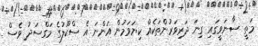
މަތީ ސާނަވީގައި ގިނަ ދަރިވަރުންތަކެއް ކިޔަވަމުން އަންނަ އެ ސްކޫލުގެ މަގްސަދު ވެސް